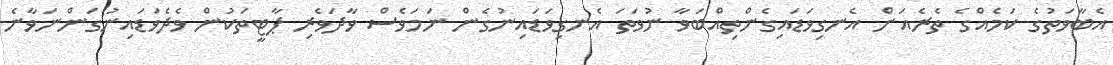
އެބާވަތުގެ ކަމެއްގެ ތެރެއަށް އެނގިވަޑައިގެންތިއްބަވާ ނުވަތަ އެނގިވަޑައިނުގެން ނަމަވެސް ވާދަވެރި ޕާޓީތަކުން ވެދެވަޑައިނުގަންނަވާނެ